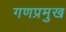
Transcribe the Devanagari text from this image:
गणप्रमुख